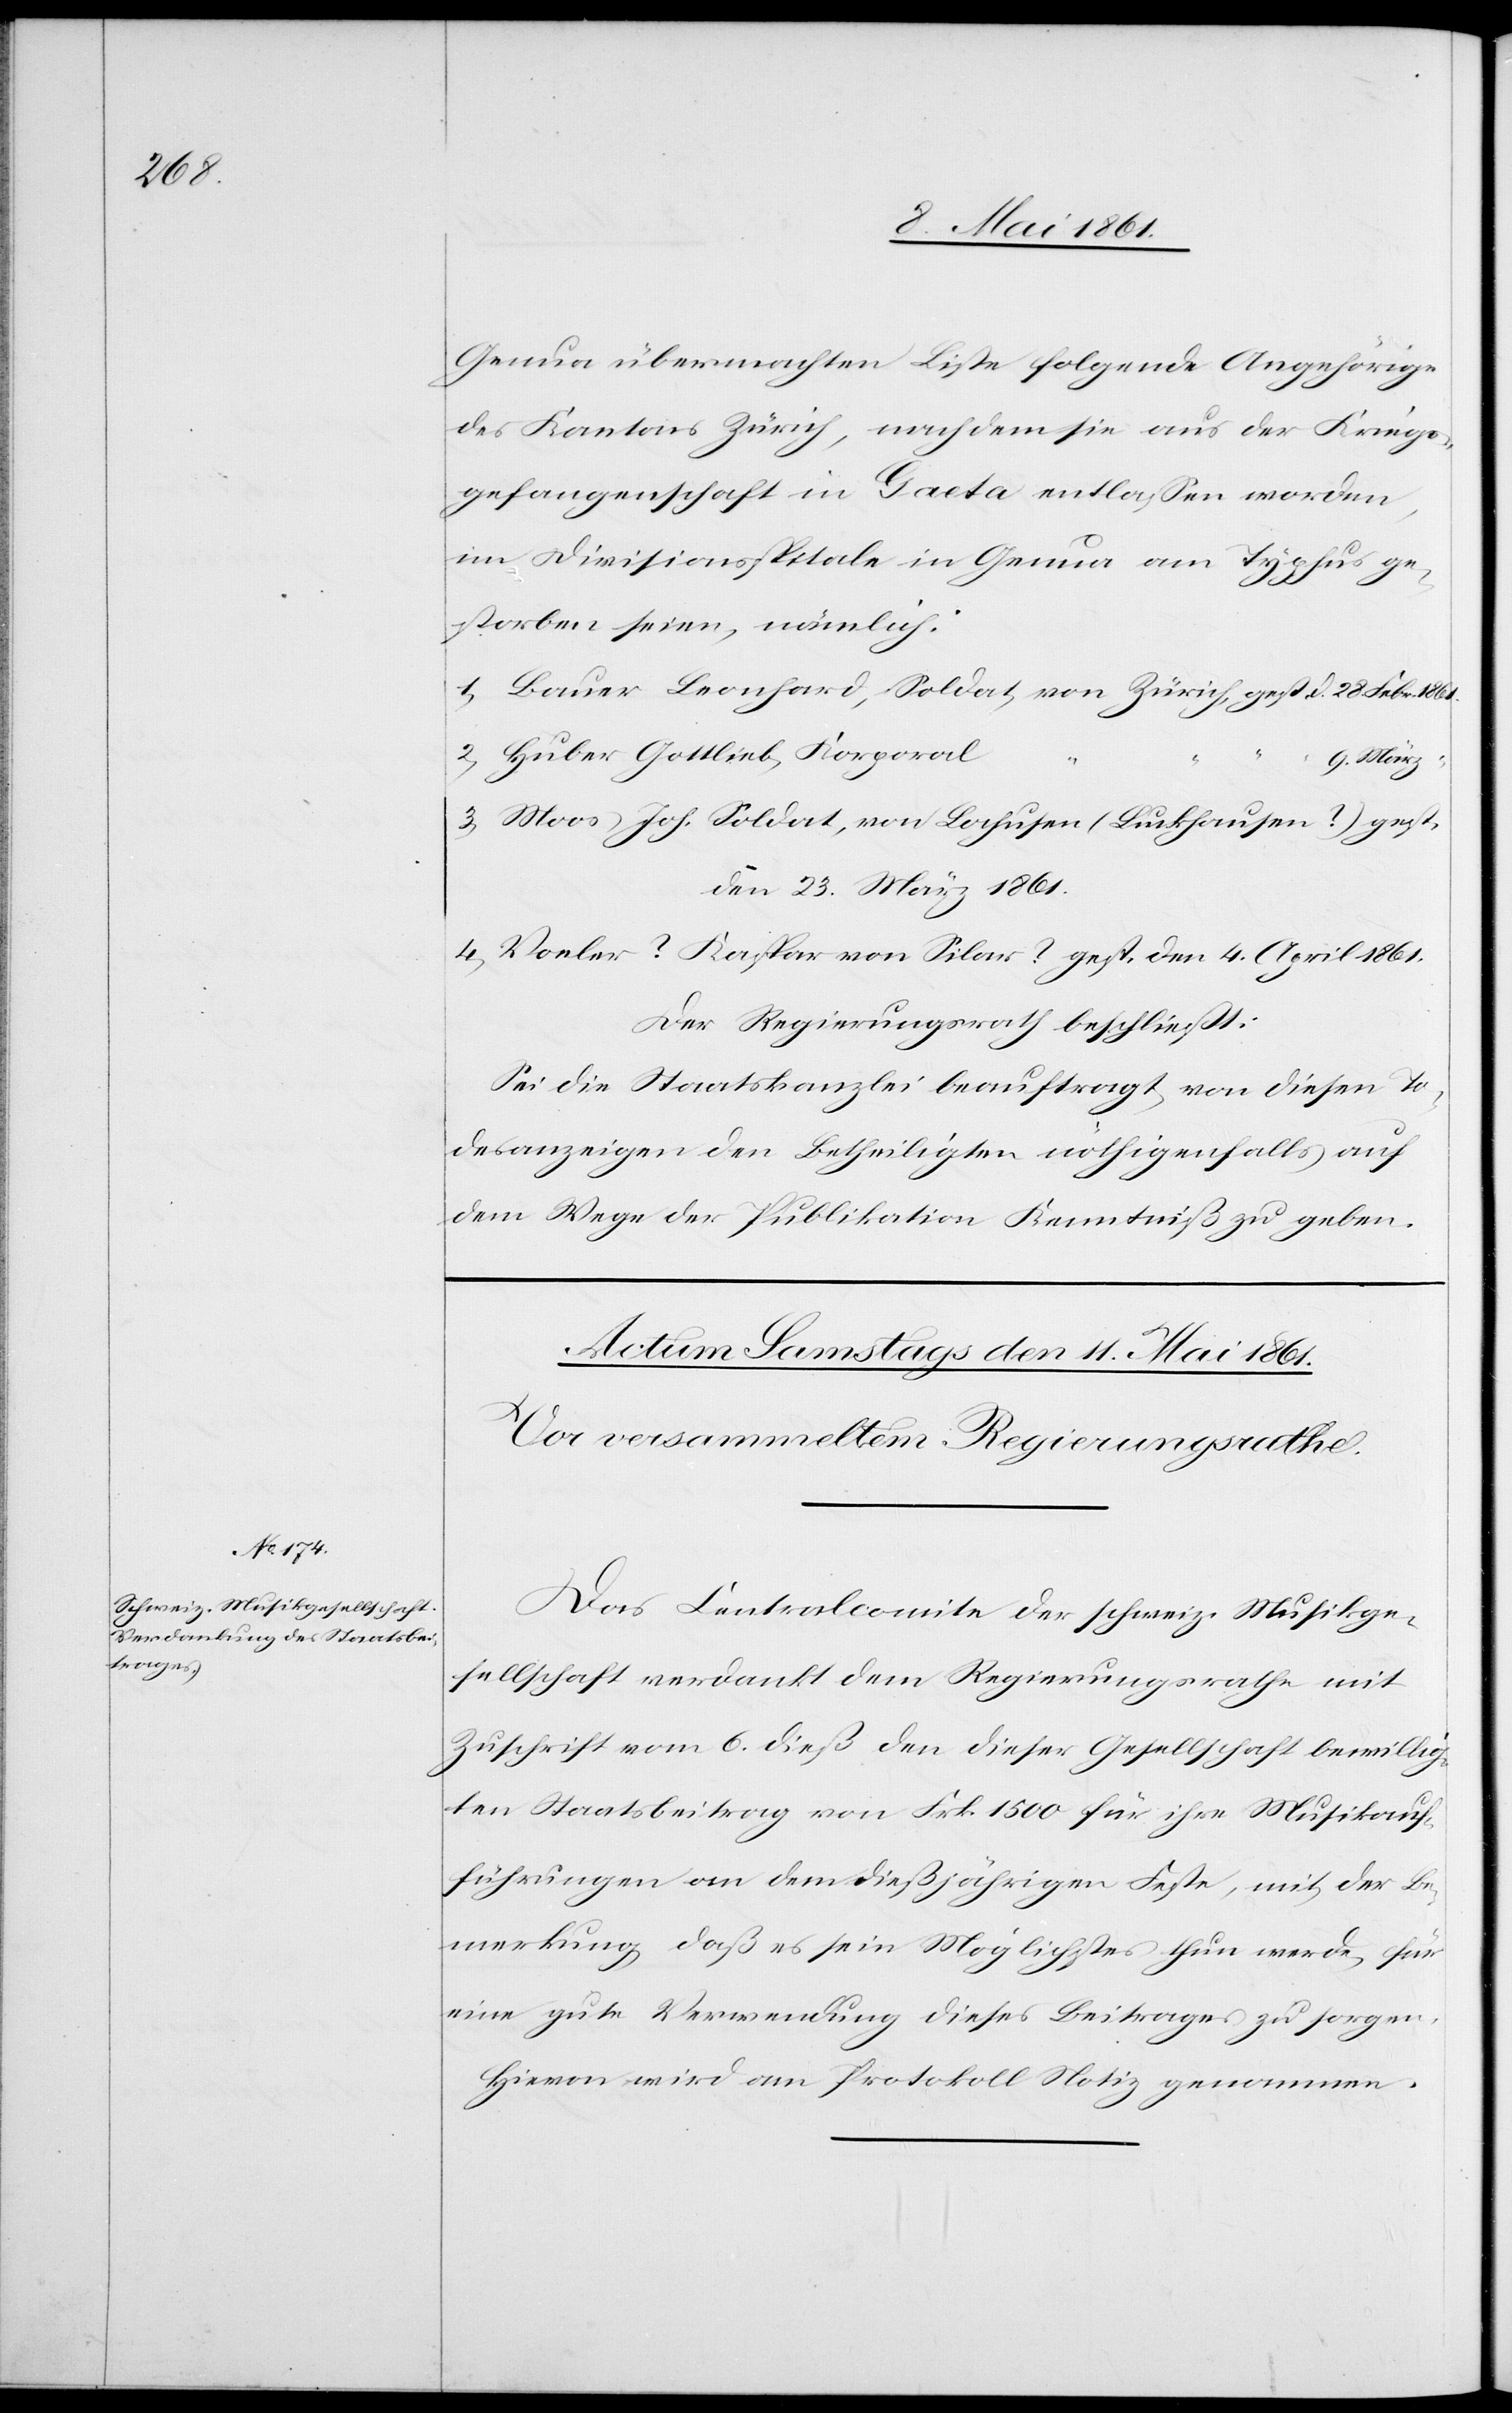
Genua übermachten Liste folgende Angehörige
des Kantons Zürich, nachdem sie aus der Kriegs¬
gefangenschaft in Gaeta entlassen worden,
im Divisonsspitale in Genua am Typhus ge¬
storben seien, nämlich:
1) Bauer Leonhard, Soldat, von Zürich, gest d. 28. Febr. 1861.
2) Huber Gottlieb, Korporal
9. März “
3. Moos Joh. Soldat, von Sachusen, (Bickhausen?) gest.
den 23. März 1861.
4) Voeler ? Kaspar von Silar ? gest. den 4. April 1861.
Der Regierungsrath beschließt:
Sei die Staatskanzlei beauftragt, von diesen To¬
desanzeigen den Betheiligten nöthigenfalls auf
dem Wege der Publikation Kenntniß zu geben.
Das Centralcomite der schweiz. Musikge¬
sellschaft verdankt dem Regierungsrathe mit
Zuschrift vom 6. dieß den dieser Gesellschaft bewillig¬
ten Staatsbeitrag von Frk. 1500 für ihre Musikauf¬
führungen an dem dießjährigen Feste, mit der Be¬
merkung, daß es sein Möglichstes thun werde, für
eine gute Verwendung dieses Beitrages zu sorgen.
Hievon wird am Protokoll Notiz genommen.